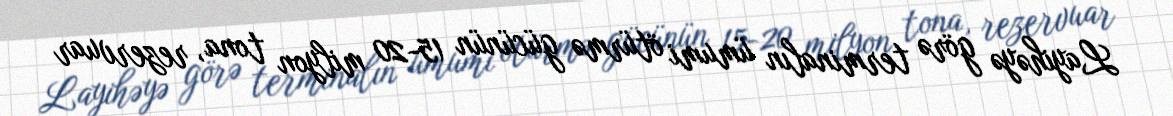
Layihəyə görə terminalın ümumi ötürmə gücünün 15-20 milyon tona, rezervuar